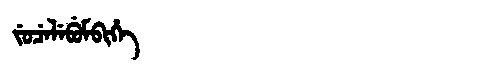
Manchu: ᠵᡠᠴᡝᠯᡝᠪᡠᠮᠪᡳᡥᡝ
Romanization: JUCELEBUMBIHE